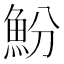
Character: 魵